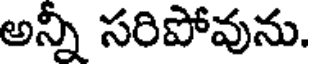
అన్నీ సరిపోవును.